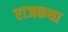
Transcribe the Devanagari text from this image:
राजकथा